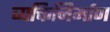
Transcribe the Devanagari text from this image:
व्यक्तिनिर्माण